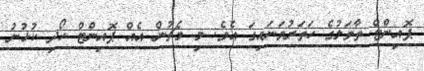
ޕޮއިންޓް ތާވަލުގެ ހަތަރުވަނައިގަ އެވެ. މި މެޗުން އެއް ޕޮއިންޓް ހޯދި ކުޅުނު